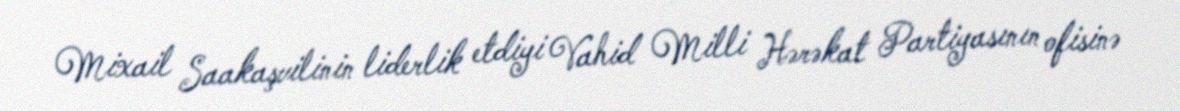
Mixail Saakaşvilinin liderlik etdiyi Vahid Milli Hərəkat Partiyasının ofisinə